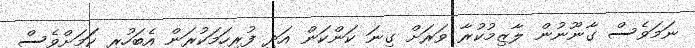
ނަމަވެސް ގާނޫނުން ލާޒިމުކުރާ ވަރަށް ގިނަ ކަންކަން އަދި ފުރިހަމަކުރަން އެބަހުރި ކަަމަށްވެސް